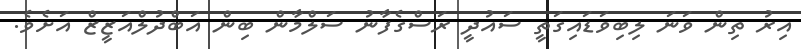
އިރު ތިން ވަނަ ލިބިވަޑައިގަތީ ސައުދީ ރަސްގެފާނު ސަލްމާން ބިން އަބްދުލްއަޒީޒް އަށެވެ.